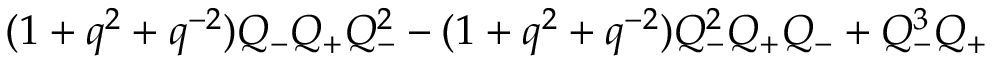
( 1 + q ^ { 2 } + q ^ { - 2 } ) Q _ { - } Q _ { + } Q _ { - } ^ { 2 } - ( 1 + q ^ { 2 } + q ^ { - 2 } ) Q _ { - } ^ { 2 } Q _ { + } Q _ { - } + Q _ { - } ^ { 3 } Q _ { + }